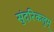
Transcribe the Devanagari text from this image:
सुंदरिकलुम्